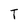
Character: I